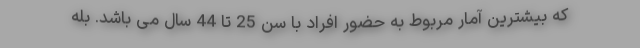
که بیشترین آمار مربوط به حضور افراد با سن 25 تا 44 سال می باشد. بله